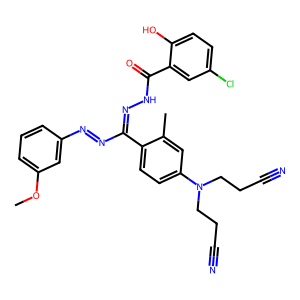
SMILES: COc1cccc(N=NC(=NNC(=O)c2cc(Cl)ccc2O)c2ccc(N(CCC#N)CCC#N)cc2C)c1
Inhibits HIV replication: No